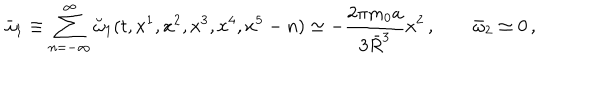
\bar { \omega } _ { 1 } \equiv \sum _ { n = - \infty } ^ { \infty } \breve { \omega } _ { 1 } ( t , x ^ { 1 } , x ^ { 2 } , x ^ { 3 } , x ^ { 4 } , x ^ { 5 } - n ) \simeq - { \frac { 2 \pi m _ { 0 } a } { 3 \bar { R } ^ { 3 } } } x ^ { 2 } \, , \qquad \bar { \omega } _ { 2 } \simeq 0 \, ,